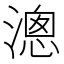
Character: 漗